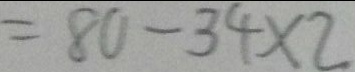
= 8 0 - 3 4 \times 2